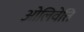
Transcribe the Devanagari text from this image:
ओलिवेत्ति